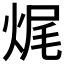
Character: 𤈦